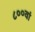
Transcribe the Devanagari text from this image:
८००वां